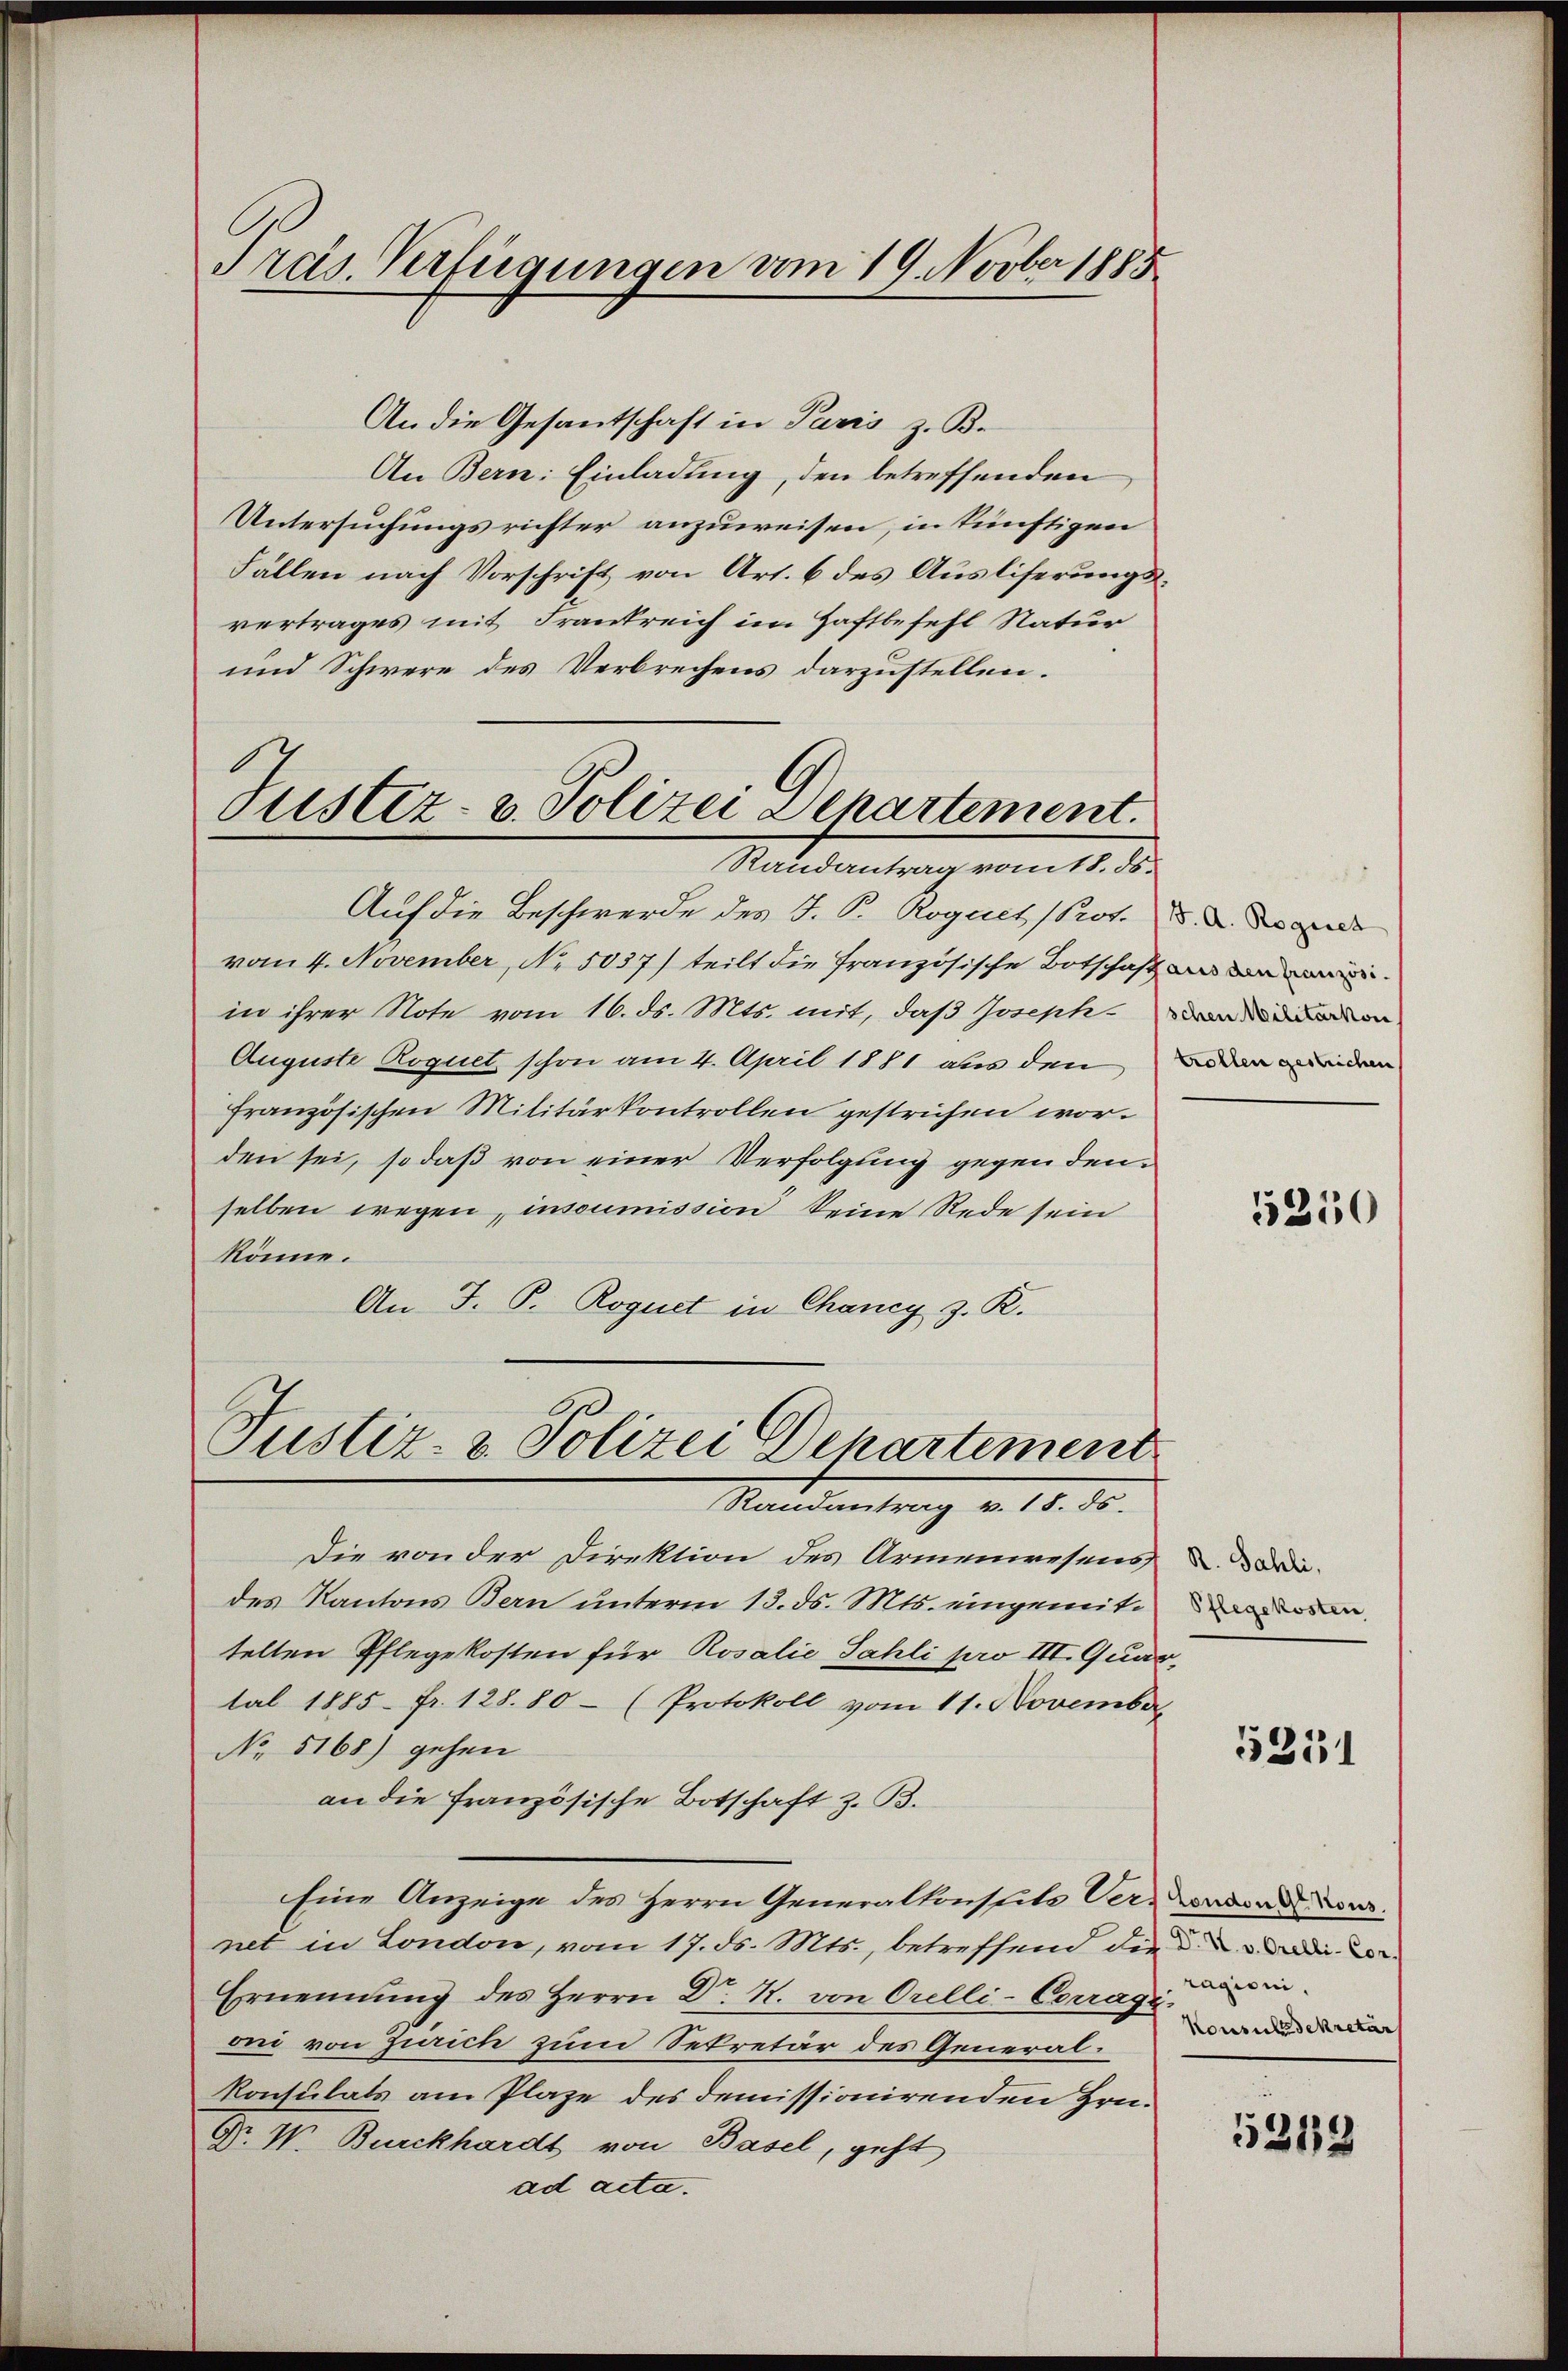
Präs. Verfügungen vom 19. Novber 1885

An die Gesantschaft in Paris z. B.
An Bern: Einladung, den betreffenden
Untersuchungsrichter anzuweisen, in künftigen
Fallen nach Vorschrift von Art. 6 des Ausliferungsvertrages mit Frankreich im Haftbefehl Natur
und Schwere des Verbrechens darzustellen.
Justiz- u. Polizei Departement.

Randantrag vom 18. ds.

Auf die Beschwerde des J. P. Roguet (Prot. 8. d. d
vom 4. November, No. 5037) teilt die französische Botschaft an
in ihrer Note vom 16. ds. Mts. mit, daß Josephan
Auguste Roquet schon am 4. April 1881 aus den
Französischen Militärkontrollen gestrichen worden sei, so daß von einer Verfolgung gegen denselben wegen, insoumission keine Rede sein
könne.
An J. P. Roguet in Chancy z. R.
Justiz- & Polizei Departement

Nanetentrag v. 18. d.

Die von der Direktion des Armenwesens
des Kantons Bern unterm 13. ds. Mts. eingemittelten Pflegekosten für Rosalie Sahli pro III. Quar,
tal 1885 fr. 128. 80 (Protokoll vom 11. November
No 5168) gehen
an die französische Botschaft z. B.
Eine Anzeige des Herrn Generalkonstite Verwenden von
net in London, vom 17. ds. Mts., betreffend die die u. die
Ernennung des Herrn Dr. R. von Orelli-Corragi
den von Zürich zum Sekretär des General¬
Konsulats am Plaze des demissionirenden Hrn.
Gr. IV. Burckhardt von Basel, geht
ad acta.

trollen gestrichen

5250

R. Sahli,
Pflegekosten

5351

ragioni,
Konsulsdekretär

5312